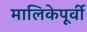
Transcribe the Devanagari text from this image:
मालिकेपूर्वी